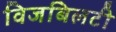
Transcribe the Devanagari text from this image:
विजबिलटी